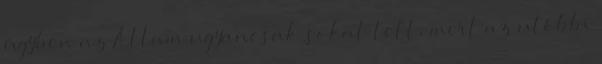
ügyben az Állam ugyancsak sokat tett, mert az utóbbi